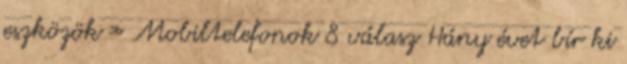
eszközök » Mobiltelefonok 8 válasz Hány évet bír ki